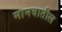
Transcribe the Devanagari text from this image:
मानवातील